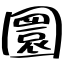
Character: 圜